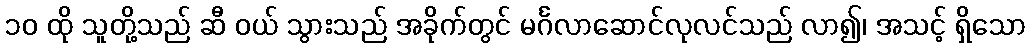
၁၀ ထို သူတို့သည် ဆီ ဝယ် သွားသည် အခိုက်တွင် မင်္ဂလာဆောင်လုလင်သည် လာ၍၊ အသင့် ရှိသော